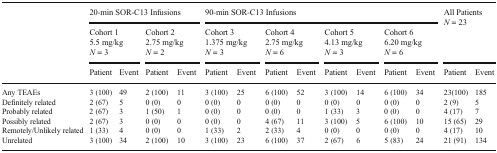
| <ROWSPAN=3>  | <COLSPAN=4> 20-min SOR-C13 Infusions | <COLSPAN=8> 90-min SOR-C13 Infusions | <ROWSPAN=2-COLSPAN=2> All Patients N = 23 |
 | <COLSPAN=2> Cohort 1 5.5 mg/kg N = 3 | <COLSPAN=2> Cohort 2 2.75 mg/kg N = 2 | <COLSPAN=2> Cohort 3 1.375 mg/kg N = 3 | <COLSPAN=2> Cohort 4 2.75 mg/kg N = 6 | <COLSPAN=2> Cohort 5 4.13 mg/kg N = 3 | <COLSPAN=2> Cohort 6 6.20 mg/kg N = 6 |
 | Patient | Event | Patient | Event | Patient | Event | Patient | Event | Patient | Event | Patient | Event | Patient | Event |
 | --- | --- | --- | --- | --- | --- | --- | --- | --- | --- | --- | --- | --- | --- | --- |
 | Any TEAEs | 3 (100) | 49 | 2 (100) | 11 | 3 (100) | 25 | 6 (100) | 52 | 3 (100) | 14 | 6 (100) | 34 | 23(100) | 185 |
 | Definitely related | 2 (67) | 5 | 0 (0) | 0 | 0 (0) | 0 | 0 (0) | 0 | 0 (0) | 0 | 0 (0) | 0 | 2 (9) | 5 |
 | Probably related | 2 (67) | 3 | 1 (50) | 1 | 0 (0) | 0 | 0 (0) | 0 | 1 (33) | 3 | 0 (0) | 0 | 4 (17) | 7 |
 | Possibly related | 2 (67) | 3 | 0 (0) | 0 | 0 (0) | 0 | 4 (67) | 11 | 3 (100) | 5 | 6 (100) | 10 | 15 (65) | 29 |
 | Remotely/Unlikely related | 1 (33) | 4 | 0 (0) | 0 | 1 (33) | 2 | 2 (33) | 4 | 0 (0) | 0 | 0 (0) | 0 | 4 (17) | 10 |
 | Unrelated | 3 (100) | 34 | 2 (100) | 10 | 3 (100) | 23 | 6 (100) | 37 | 2 (67) | 6 | 5 (83) | 24 | 21 (91) | 134 |